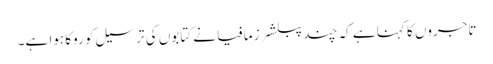
تاجروں کا کہنا ہے کہ چند پبلشرز مافیا نے کتابوں کی ترسیل کو روکا ہوا ہے۔